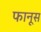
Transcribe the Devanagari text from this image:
फानूस